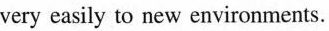
very easily to new environments.